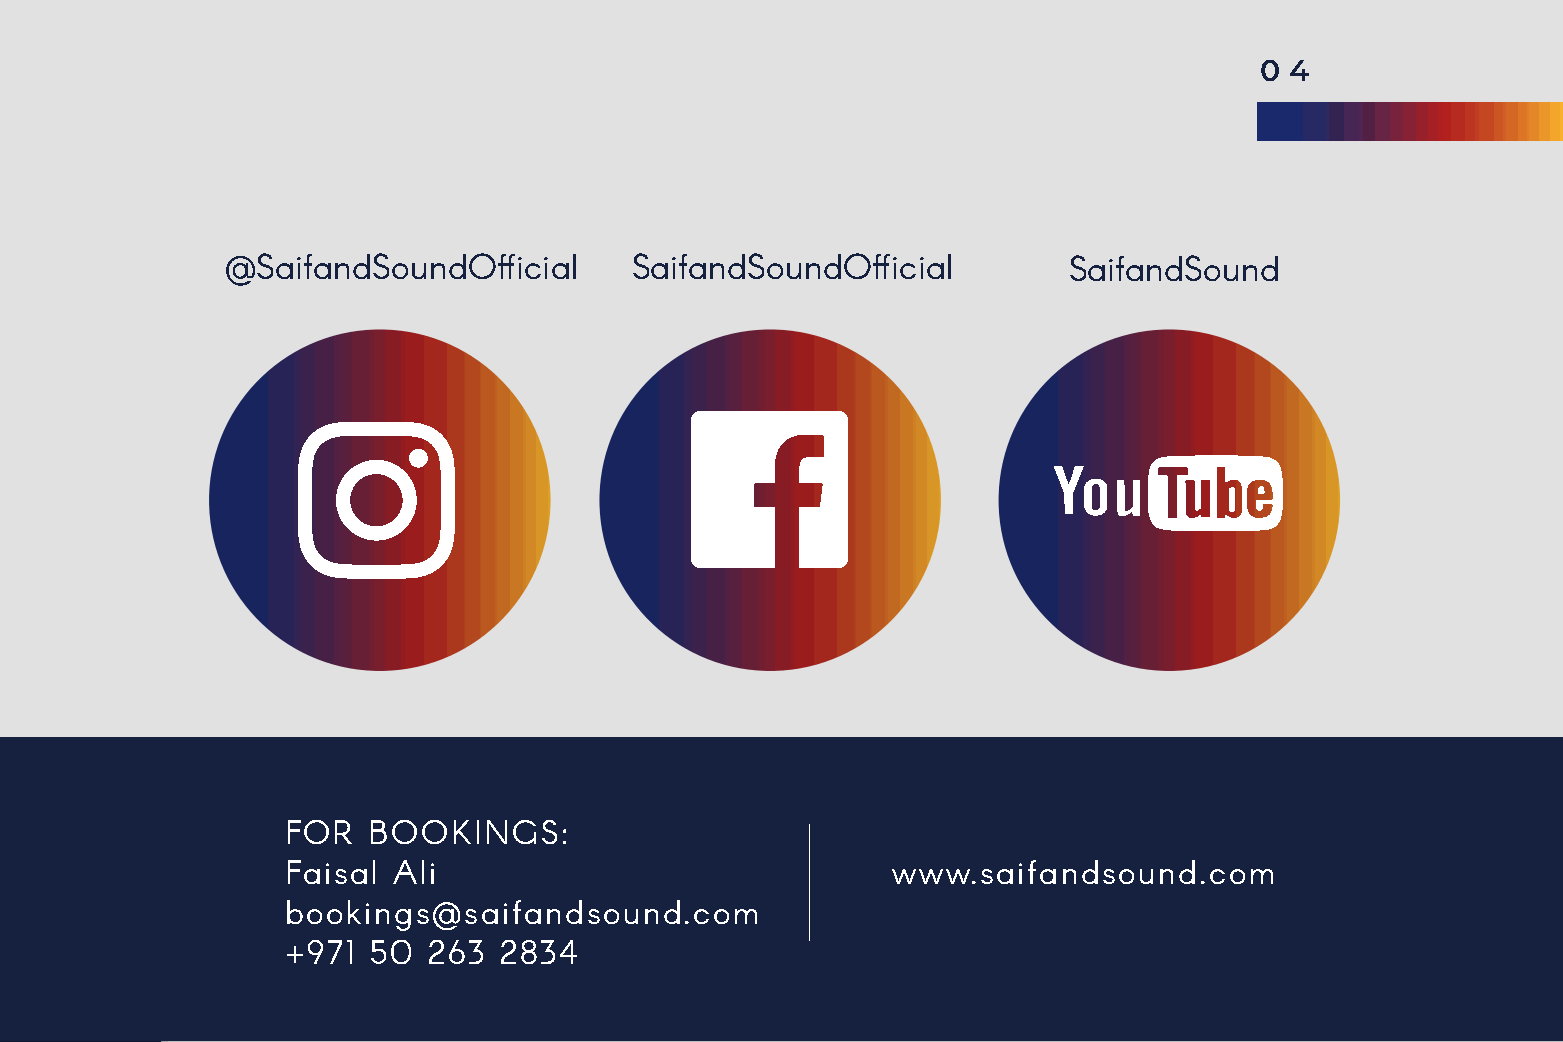
0 4
 @SaifandSoundOfficial      SaifandSoundOfficial         SaifandSound
 FOR  BOOKINGS:
 Faisal Ali                              www.saifandsound.com
 bookings@saifandsound.com
 +971  50 263  2834